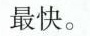
最快。